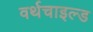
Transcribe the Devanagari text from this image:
वर्थचाइल्ड